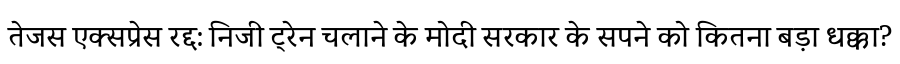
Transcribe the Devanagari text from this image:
तेजस एक्सप्रेस रद्द: निजी ट्रेन चलाने के मोदी सरकार के सपने को कितना बड़ा धक्का?